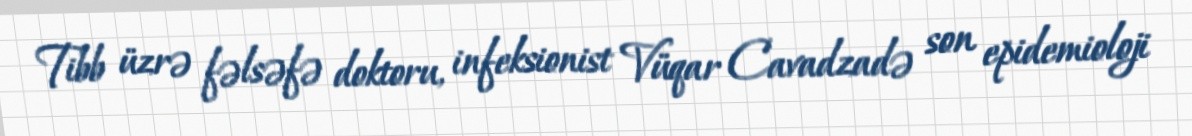
Tibb üzrə fəlsəfə doktoru, infeksionist Vüqar Cavadzadə son epidemioloji